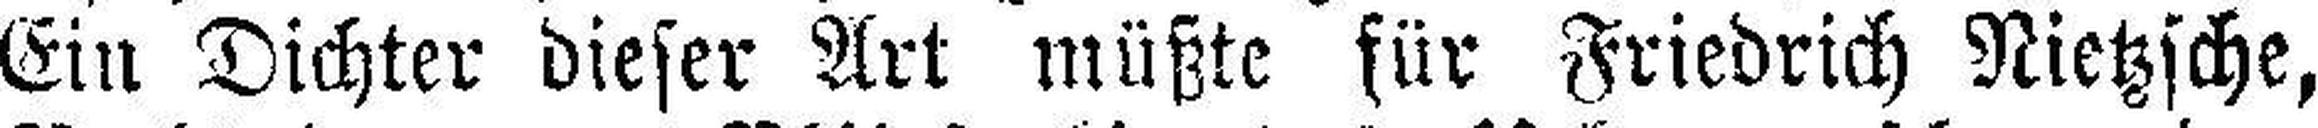
Ein Dichter dieser Art müßte für Friedrich Nietzsche,